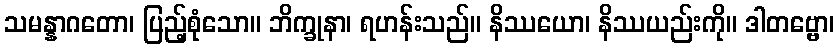
သမန္နာဂတော၊ ပြည့်စုံသော။ ဘိက္ခုနာ၊ ရဟန်းသည်။ နိဿယော၊ နိဿယည်းကို။ ဒါတဗ္ဗော၊